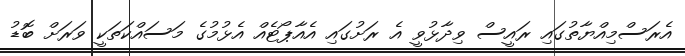
އެރަސްމިއްޔާތުގައި ރައީސް ވިދާޅުވީ އެ ރަށުގައި އެއާޕޯޓެއް އެޅުމުގެ މަސައްކަތަކީ ވަރަށް ބޮޑު